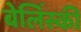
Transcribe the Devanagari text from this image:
बेलिंस्की